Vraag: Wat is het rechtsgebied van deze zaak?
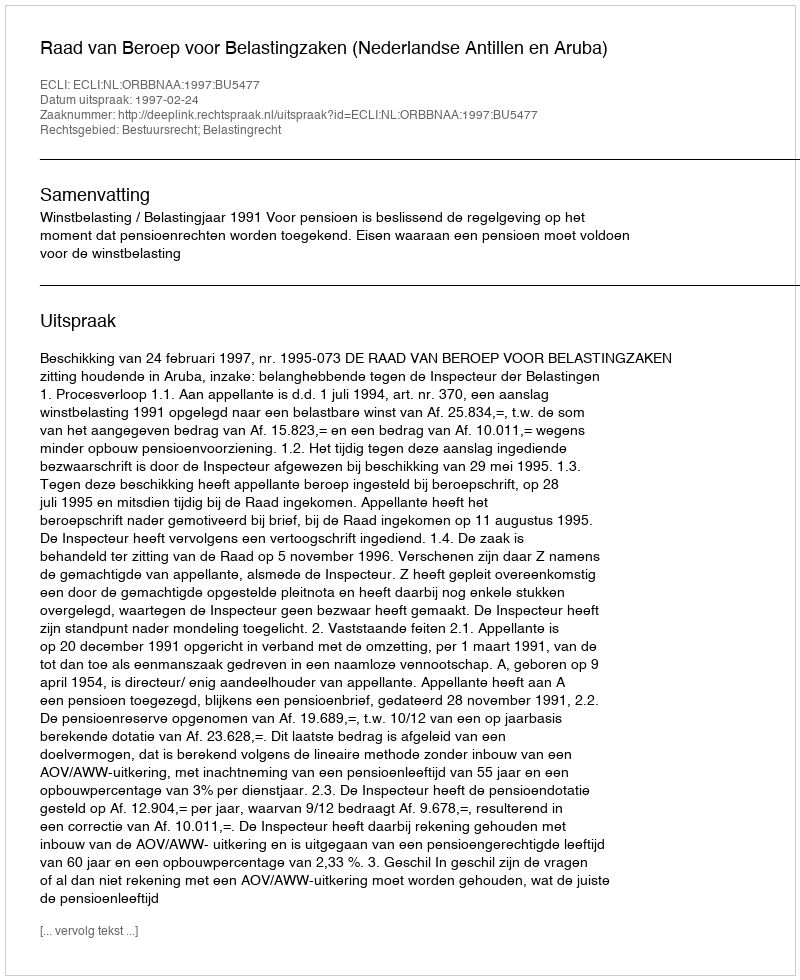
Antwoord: Bestuursrecht; Belastingrecht